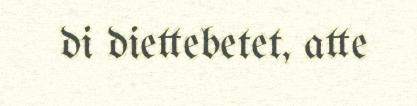
di diettebetet, atte